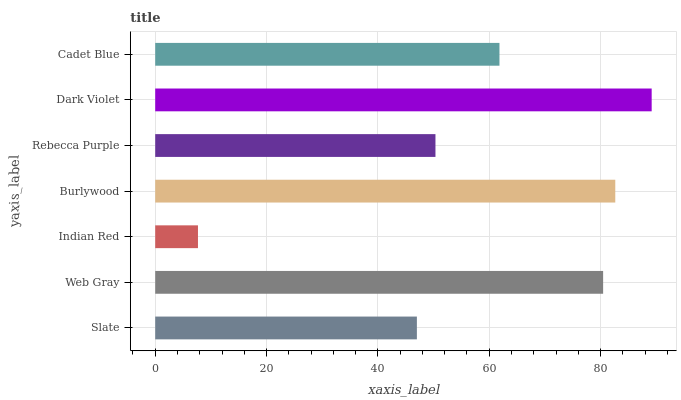
| yaxis_label | bars |
 | --- | --- |
 | Slate | 47 |
 | Web Gray | 80.5 |
 | Indian Red | 7.68 |
 | Burlywood | 82.6 |
 | Rebecca Purple | 50.3 |
 | Dark Violet | 89.2 |
 | Cadet Blue | 61.8 |